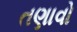
તણાવો